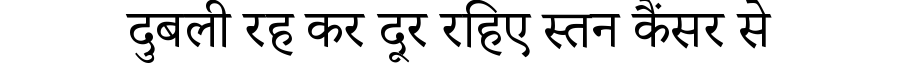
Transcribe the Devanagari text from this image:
दुबली रह कर दूर रहिए स्तन कैंसर से